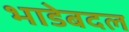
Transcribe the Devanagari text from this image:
भाडेबदल